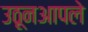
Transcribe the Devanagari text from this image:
उठूनआपले